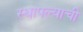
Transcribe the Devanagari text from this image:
स्थापल्याची